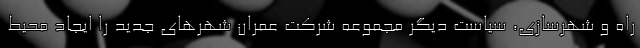
راه و شهرسازی، سیاست دیگر مجموعه شرکت عمران شهرهای جدید را ایجاد محیط